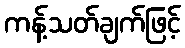
ကန့်သတ်ချက်ဖြင့်